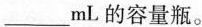
___mL的容量瓶。